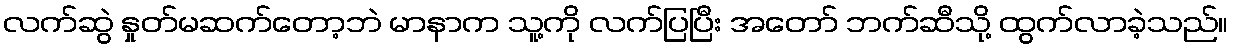
လက်ဆွဲ နှုတ်မဆက်တော့ဘဲ မာနာက သူ့ကို လက်ပြပြီး အတော် ဘက်ဆီသို့ ထွက်လာခဲ့သည်။